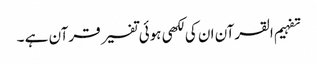
تفہیم القرآن ان کی لکھی ہوئی تفسیر قرآن ہے ۔